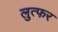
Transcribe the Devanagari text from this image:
लुत्फर